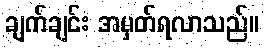
ချက်ချင်း အမှတ်ရလာသည်။